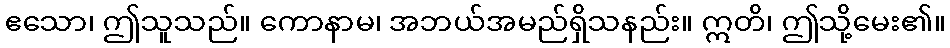
ဧသော၊ ဤသူသည်။ ကောနာမ၊ အဘယ်အမည်ရှိသနည်း။ ဣတိ၊ ဤသို့မေး၏။